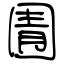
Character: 圊